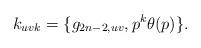
LaTeX: \begin{align*}k_{uvk}=\{g_{2n-2,uv},p^{k}\theta (p)\} . \end{align*}